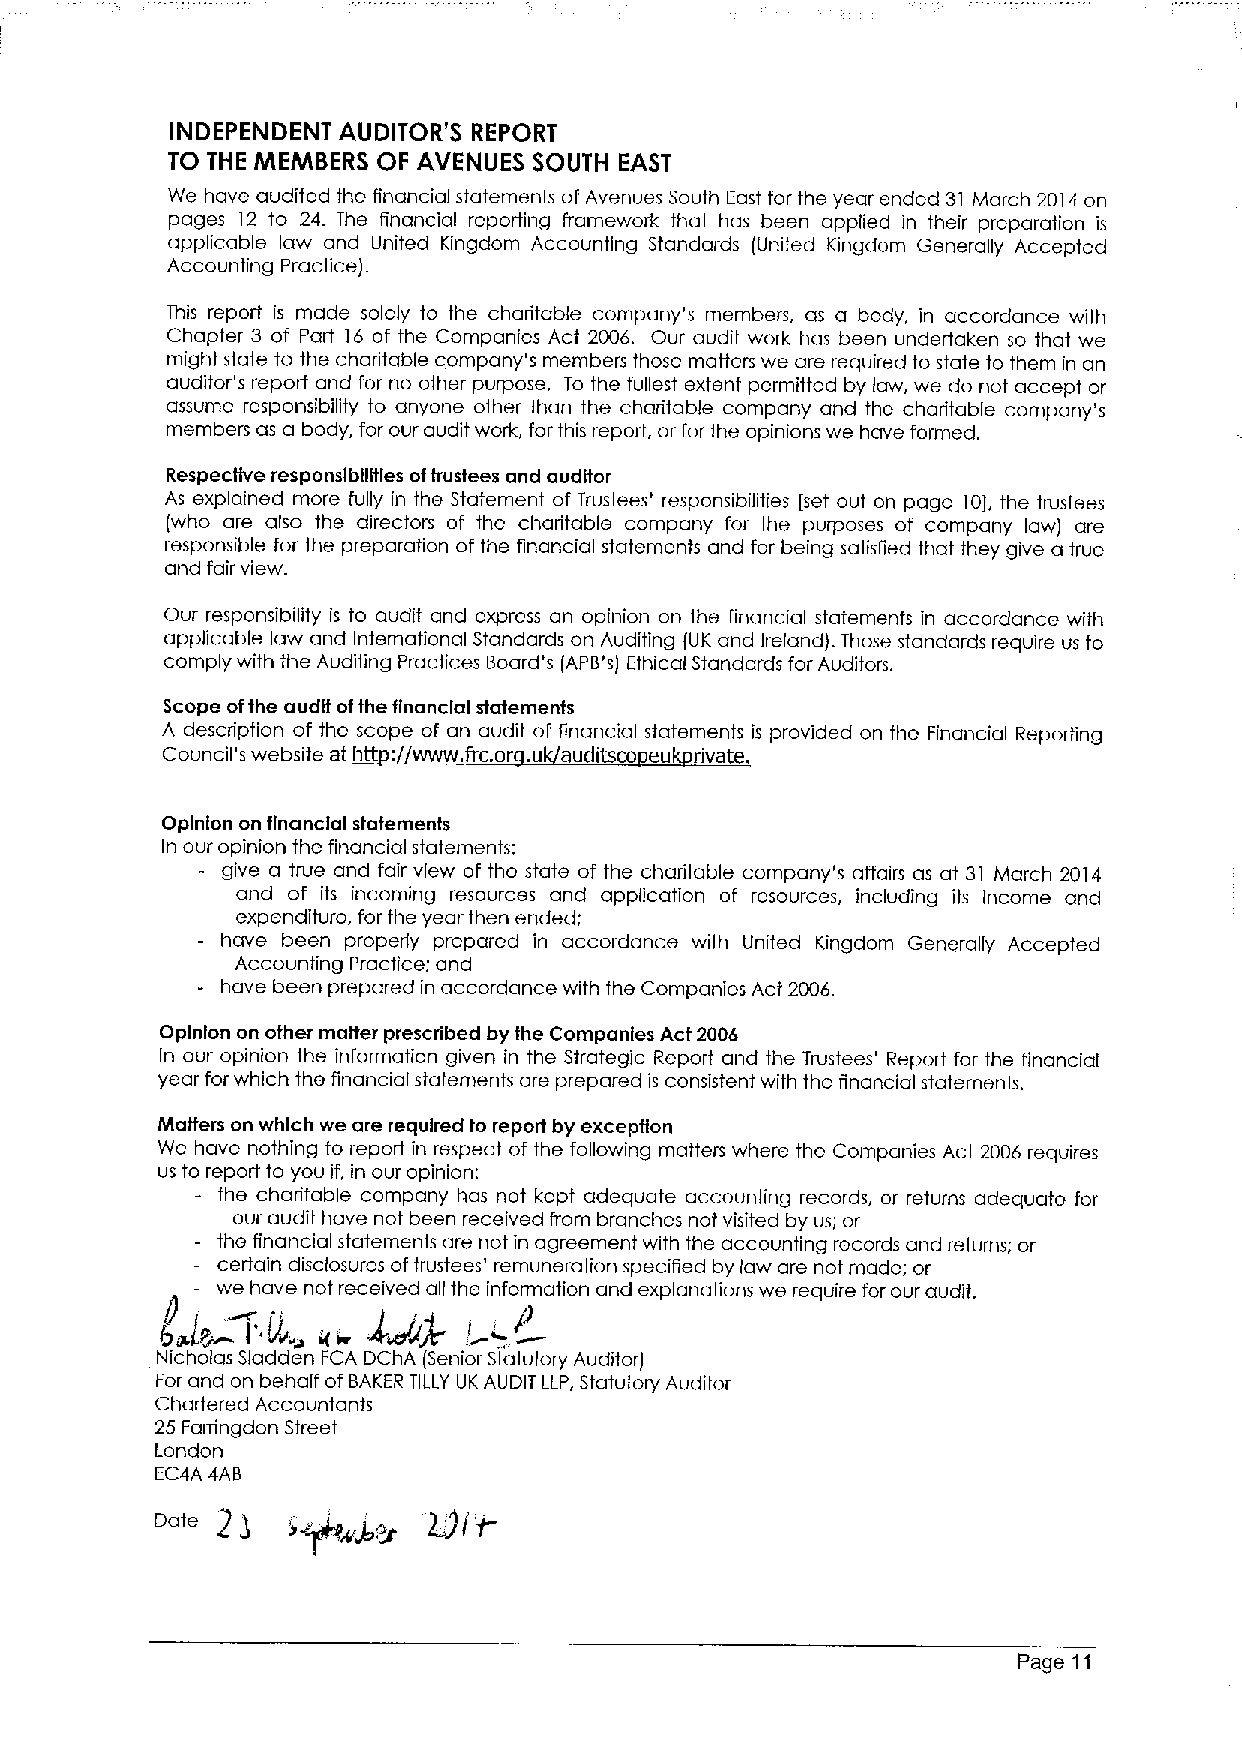
INDEPENDENT AUDITOR'S REPORT
 TO THE MEMBERS OF AVENUES SOUTH EAST
 We have audited the financial statements ofAvenues South East for the year ended 31 March 2014on
 pages 12 to 24. The financial reporting framework that has been applied in their preparation is
 applicable law and Linited Kingdom Accounting Standards (United Kingdom Generally Accepted
 Accounting Practice).
 This report is made solely to the charitable company's members, as a body, in accordance with
 Chapter 3 of Part 16 of the Companies Act 2006. Our audit work has been undertaken so that we
 might state to the charitable company's members those matters we are required to state to them in an
 auditor's report and for no other purpose. To the fullest extent permitted by law, we do not accept or
 assume responsibility to anyone other than the charitable company and the charitable company's
 members as a body, for our audit work, for this report, or for the opinions we have formed.
 Respective responsibilities oftrustees and auditor
 As explained more fully in the Statement of Trustees' responsibilities [set out on page 10),the trustees
 (who are also the directors of the charitable company for the purposes of company law) are
 responsible for the preparation of the financial statements and for being satisfied that they give a true
 and fair view.
 Our responsibility is to audit and express an opinion on the financial statements in accordance with
 applicable law and International Standards on Auditing (UK and Ireland). Those standards require us to
 comply with the Auditing Practices Board's (APB's) Ethical Standards for Auditors.
 Scope ofthe audit ofthe financial statemenfs
 A description of the scope of an audit of financial statements is provided on the Financial Reporting
 Council's website at htt: www frc.or . u auditsco eu rivate
 Opinion on financial statements
 In our opinion the financial statements:
 give a true and fair view of the state of the charitable company's affairs as at 31 March 2014
 and of its incoming resources and application of resources, including its income and
 expenditure, for the year then ended;
 have been properly prepared in accordance with United Kingdom Generally Accepted
 Accounting Practice; and
 have been prepared in accordance with the Companies Act 2006.
 Opinion on other mutter prescribed by the Companies Act 2006
 In our opinion the information given in the Strategic Report and the Trustees' Report for the financial
 year forwhich the financial statements are prepared is consistent with the financial statements.
 Matters on which we are required to report by exception
 We have nothing to report in respect of the following matters where the Companies Act 2006 requires
 us to report to you if, in our opinion:
 fhe charitable company has not kept adequate accounting records, or returns adequate for
 our audit have not been received from branches not visited by us; or
 the financial state~ ments a!re not in agreement with the accounting records and returns; or
 certain disclos.ures oftrustees' remuneration specified by law are not made; or
 .
 we have.not received all the information and explanations we require for our audit.
 -&
 (i~,
 Nicholas Sladden FCA DChA (Senior Statutory Auditor)
 For and on behalf of BAKER TILLY UK AUDIT LLP, Statutory Auditor
 Chartered Accountants
 25 Farringdon Street
 London
 EC4A 4AB
 2),
 "1
 Uf'r
 @&p
 Page 11